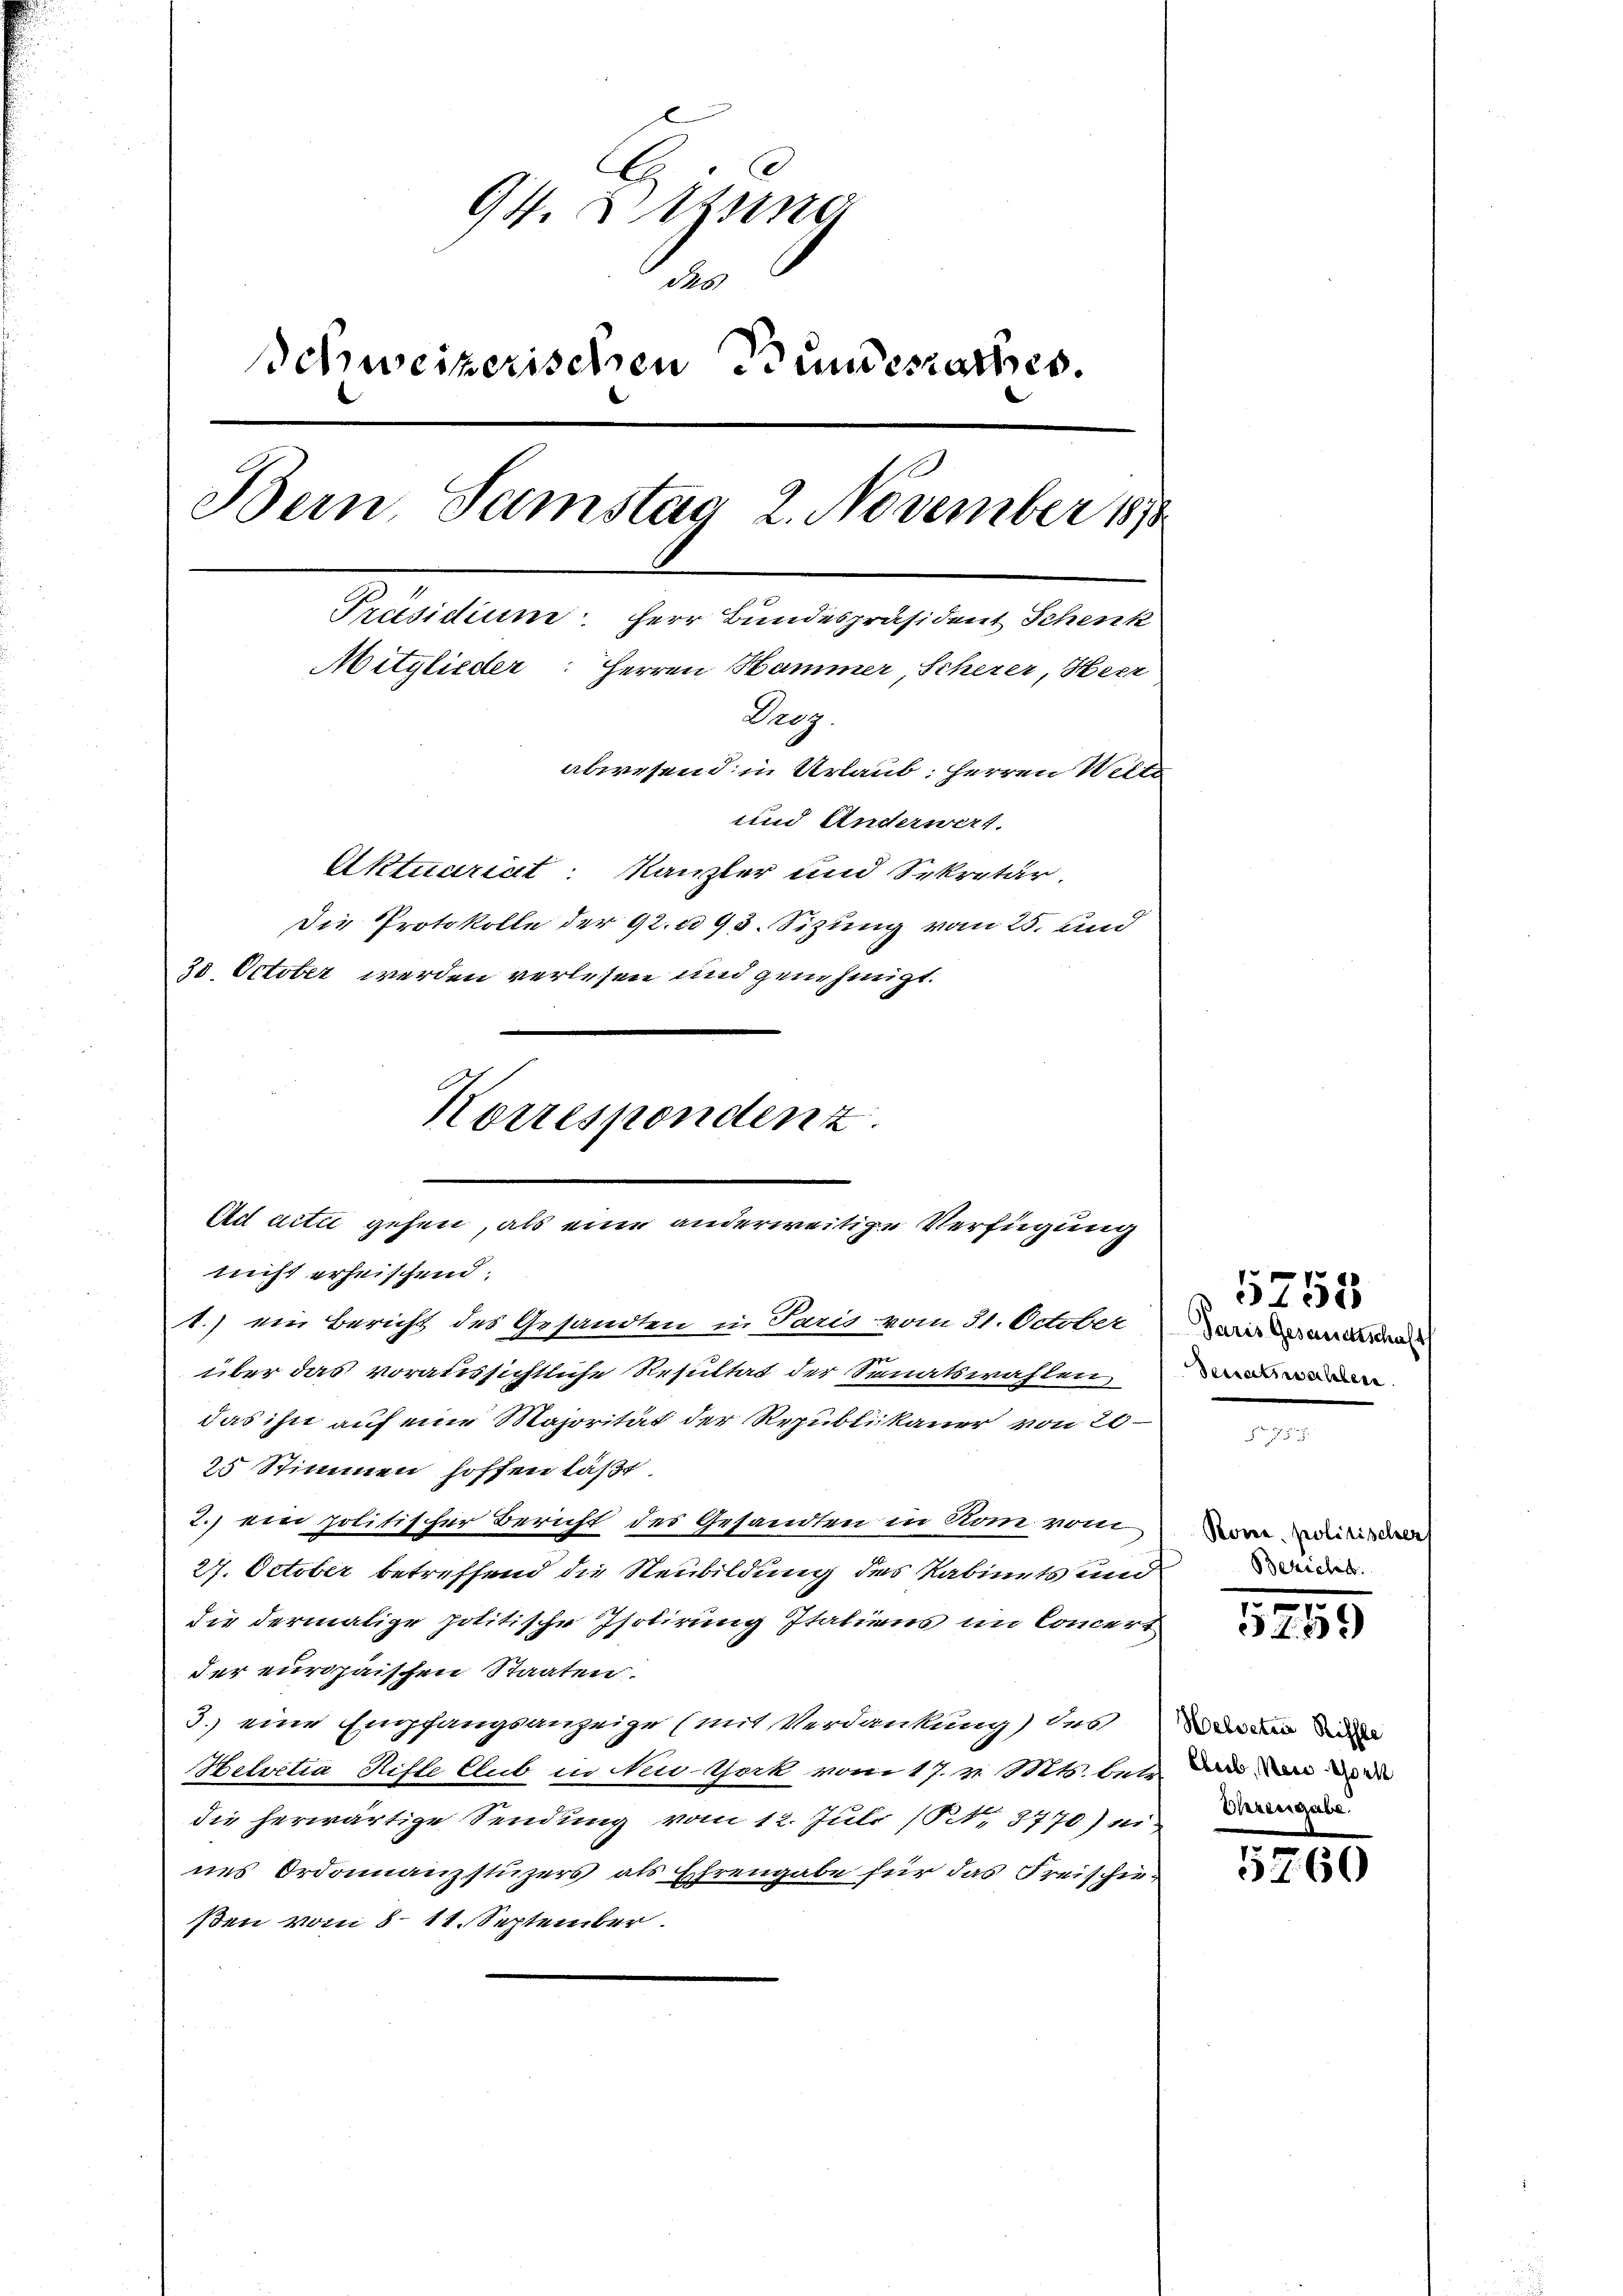
94. 2 eing
de
Schweizerischen Grundesrathes.
Bein Samstag 2. November 1878
Präsidium. Herr Bundespräsident Schenk
Mitglieder: Herren Hammer, Scherer, Herr
Leg.
abwesend in Urlaub. Herren Welte
und Anderwert.
Aktuariat: Kanzler und Sekretär.
Die Protokolle der 92. 93. Sizung vom 25. und
30. October werden verlesen und genehmigt.

Korresponden z
Ad acta gehen, als eine anderweitige Verfügung

nicht erheischend:
1.) ein Bericht des Gesandten in Paris vom 31. October
über das voraussichtliche Resultat der Senatswahlen
das ihn auf eine Majorität der Republikaner von 20
25 Stimmen hoffen läßt
2.) ein politischer Bericht des Gesandten in Rom vor
27. October betreffend die Neubildung des Kabinets und
die dermalige politische Isolirung Italiens im Concert
der europaissen Staaten.
3.) eine Empfangsanzeige (mit Verdankung) des an die
Helvetia Ritte Club in New-York vom 17. v. Mts. betr. den an die
die herwärtige Sendung vom 12. Juli (N. 8770) u.
nes Ordonnanzstüzers als Ehrengabe für das Freischie-
ßen vom 8. 11. September.

Paris Gesandtschaft
Serratswahlen.

5755

Rone, politischer
Beziehen.

.
523)

5760